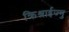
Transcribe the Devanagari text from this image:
क्रिश्नाईज्मु